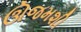
ઊજમશી